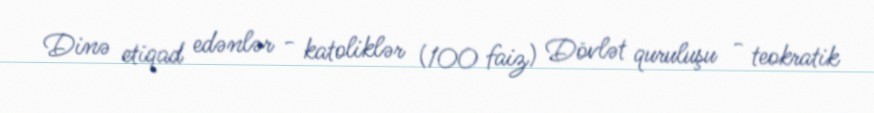
Dinə etiqad edənlər - katoliklər (100 faiz) Dövlət quruluşu - teokratik